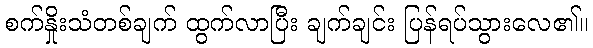
စက်နှိုးသံတစ်ချက် ထွက်လာပြီး ချက်ချင်း ပြန်ရပ်သွားလေ၏။